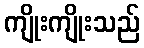
ကျိုးကျိုးသည်